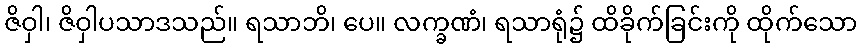
ဇိဝှါ၊ ဇိဝှါပသာဒသည်။ ရသာဘိ၊ ပေ။ လက္ခဏံ၊ ရသာရုံ၌ ထိခိုက်ခြင်းကို ထိုက်သော